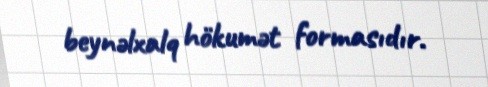
beynəlxalq hökumət formasıdır.